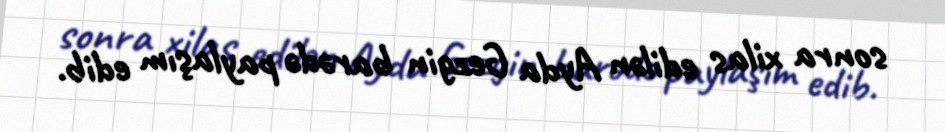
sonra xilas edilən Ayda Gezgin barədə paylaşım edib.